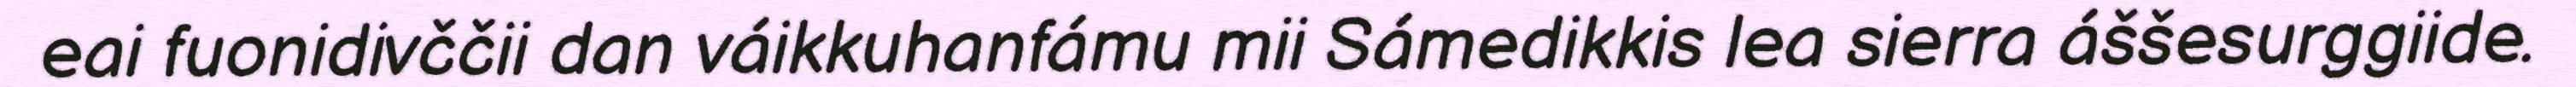
eai fuonidivččii dan váikkuhanfámu mii Sámedikkis lea sierra áššesurggiide.